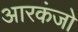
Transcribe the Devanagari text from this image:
आरकंजो